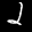
Label: 2